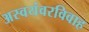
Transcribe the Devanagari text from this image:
अस्वयंवरविवाह